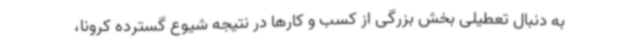
به دنبال تعطیلی بخش بزرگی از کسب و کارها در نتیجه شیوع گسترده کرونا،